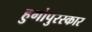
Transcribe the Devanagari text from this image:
हुगोपुरस्कार